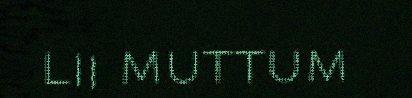
lii muttum